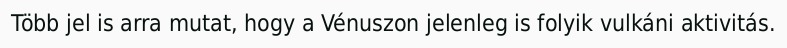
Több jel is arra mutat, hogy a Vénuszon jelenleg is folyik vulkáni aktivitás.